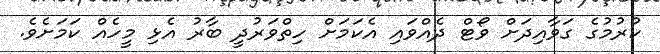
ކުރުމުގެ ގަވާއިދަށް ވޯޓް ދެއްވައި އެކަމަށް ހިތްވަރުދީ ބާރު އެޅި މީހެއް ކަމަށެވެ.